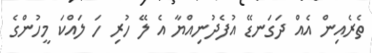
ތެރެއިން އެއް ދަގަނޑޭ އުފެދުނިއްޔާ އެ ލޭ ހުރި ހަ ލައްކަ މީހުންގެ